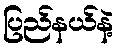
ပြည်နယ်နဲ့